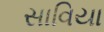
સાવિયા